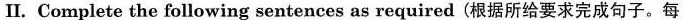
Ⅱ. Complete the following sentences as required (根据所给要求完成句子。每